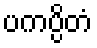
ပကပ္ပိတံ